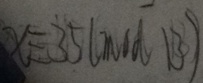
x \equiv 3 5 ( m o d 1 3 )